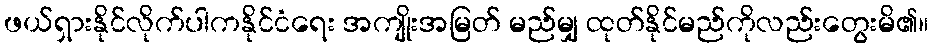
ဖယ်ရှားနိုင်လိုက်ပါကနိုင်ငံရေး အကျိုးအမြတ် မည်မျှ ထုတ်နိုင်မည်ကိုလည်းတွေးမိ၏။